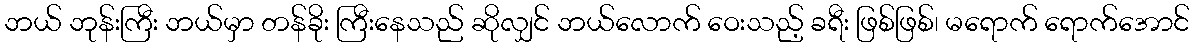
ဘယ် ဘုန်းကြီး ဘယ်မှာ တန်ခိုး ကြီးနေသည် ဆိုလျှင် ဘယ်လောက် ဝေးသည့် ခရီး ဖြစ်ဖြစ်၊ မရောက် ရောက်အောင်